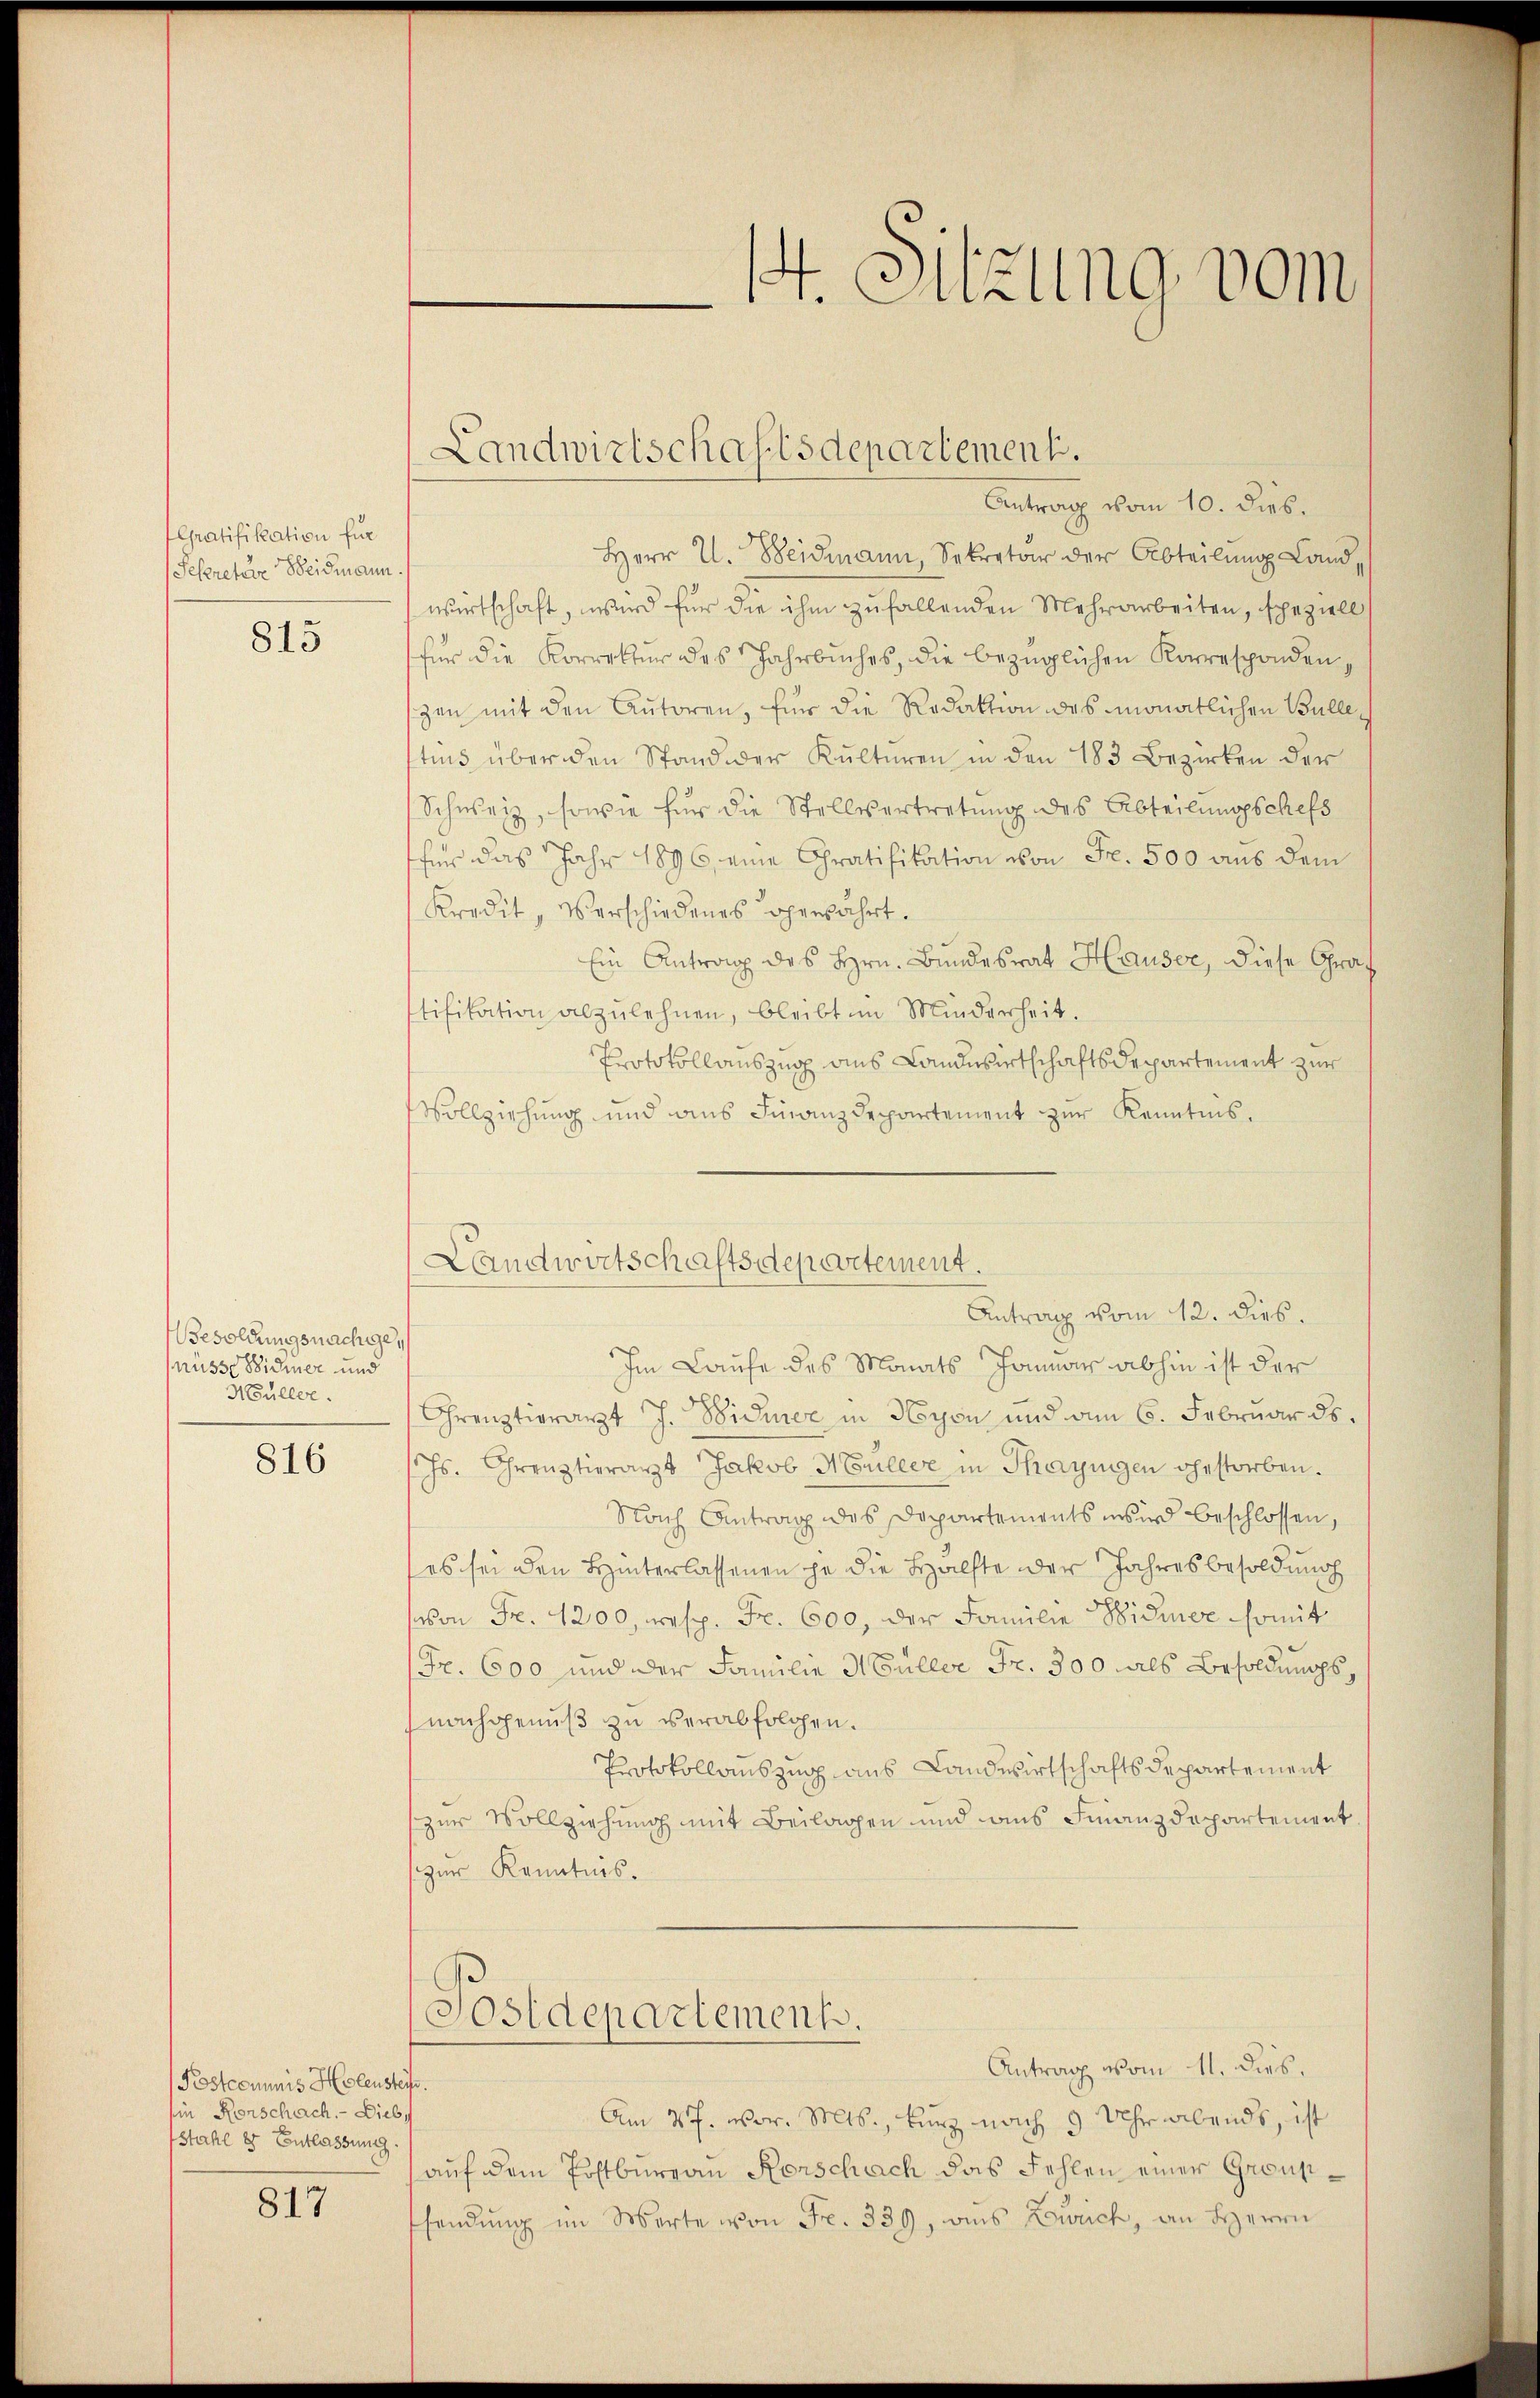
Gratifikation für
Sekretaire Weidmann.

815

Besoldungsnachge¬
Müsse Widmer und
Müller.

816

Postcommis Holestif.
hin Rorschach. - Dieb,
stahl 8 Entlassung

817

Antrag vom 10. dies.
Herr U. Weidmann, Sekretär der Abteilung Landwirtschaft, wird für die ihm zufallenden Mehrarbeiten, speziell
für die Korrektur des Jahrbuches, die bezüglichen Korresponden,
szen mit den Autoren, für die Redaktion des monatlichen Bulletius über den Stand der Kulturen in den 183 Bezirken der
Schweiz, sowie für die Stellvertretung des Abteilungsschefs
für das Jahr 1896, eine Chratifikation von Fr. 500 aus dem
Kredit, Verschiedenes operfährt.
Ein Antrag des Hrn. Bundesrat Hauser, diese Graf
stifikation abzulehnen, bleibt im Minderheit.
Protokollauszug aus Landwirtschaftsdepartement zur
Vollziehung und aus Finanzdepartement zur Kenntnis.
Landwirtschaftsdepartement.
Antrag vom 12. dies.
Im Laufe des Monats Jonar abhin ist der
Chrenztierarzt J. Widmer in Nyon und am 6. Februar ds.
hs. Grenztierarzt Jakob Müller in Thayngen gestorben.
Nach Antrag des Departements wird beschlossen,
es sei den Hinterlassenen je die Hälfte der Jahresbesoldung
von Fr. 200, resp. Fr. 600, der Familie Widmer somit
Fr. 600 und der Familie Müller Fr. 300 als Besoldungsnachgenuß zu verabfolgen.
Protokollauszug aus Landwirtschaftsdepartement
zur Vollziehung mit Beilagen und aus Finanzdepartement
zur Kenntnis.

Antrag vom 11. dies.
Am 27. vor. Mts., kurz nach 9 Uhr abends, ist
auf dem Postbureau Rorschach das Fehlen einer Gronnsendung im Werte von Fr. 330, aus Zürich, an Herrn

14. Sitzung vom

Landwirtschaftsdepartement.

Postdepartement.